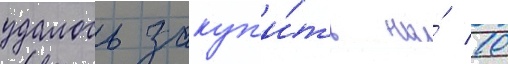
удалось закуп'и́ть на́ 10